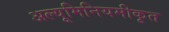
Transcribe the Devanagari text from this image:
अल्यूमिनियमीकृत